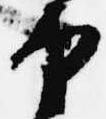
中